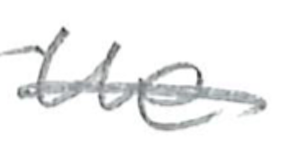
Text: the
Cross-out: single-line
Writing tool: pencil